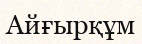
Айғырқұм